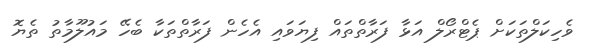
ވެހިކަލްތަކަށް ޕެޓްރޯލް އަޅާ ފަރާތްތައް ފިޔަވައި އެހެން ފަރާތްތަކާ ބެހޭ މައުލޫމާތު ތެޔޮ